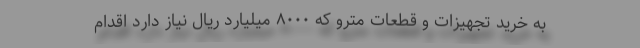
به خرید تجهیزات و قطعات مترو که ۸۰۰۰ میلیارد ریال نیاز دارد اقدام